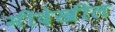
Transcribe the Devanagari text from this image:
मीदेखील